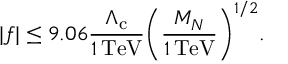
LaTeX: | f | \le 9 . 0 6 \frac { \Lambda _ { \mathrm { c } } } { 1 \, \mathrm { T e V } } \biggl ( \frac { M _ { N } } { 1 \, \mathrm { T e V } } \biggr ) ^ { 1 / 2 } .